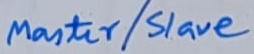
Text: Master/Slave